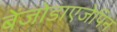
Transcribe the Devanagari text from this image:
बेंजोडाएजेपिन